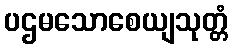
ပဌမသောစေယျသုတ္တံ